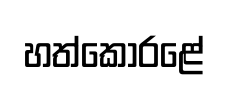
හත්කෝරළේ